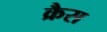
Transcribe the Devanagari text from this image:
क्रैस